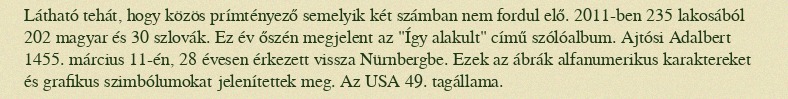
Látható tehát, hogy közös prímtényező semelyik két számban nem fordul elő. 2011-ben 235 lakosából 202 magyar és 30 szlovák. Ez év őszén megjelent az "Így alakult" című szólóalbum. Ajtósi Adalbert 1455. március 11-én, 28 évesen érkezett vissza Nürnbergbe. Ezek az ábrák alfanumerikus karaktereket és grafikus szimbólumokat jelenítettek meg. Az USA 49. tagállama.